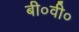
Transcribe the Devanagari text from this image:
बी०वी०